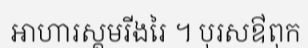
អាហារស្គមរីងរៃ ។ បុរសឳពុក